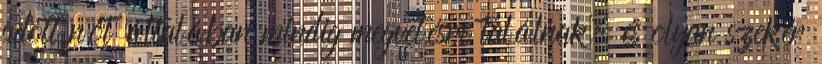
adott nőt általában mindig megvetésre találnak, és olyan szekér